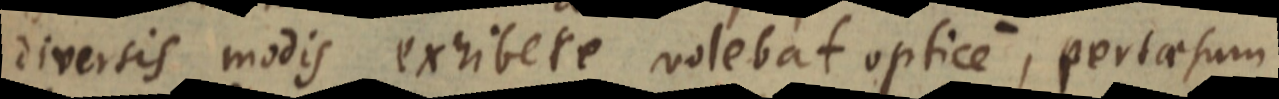
diversis modis exhibere volebat optice, pertaesum